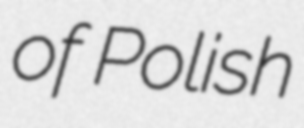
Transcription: of Polish